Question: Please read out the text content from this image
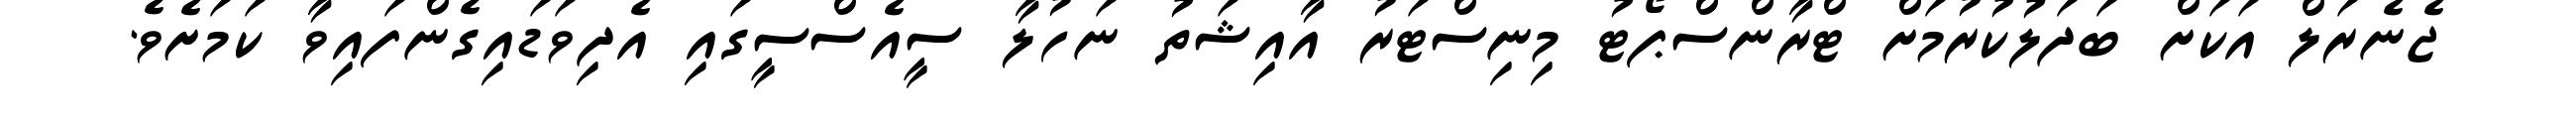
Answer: ޖެނެރަލް އަކަށް ބަދަލުކުރުމަށް ޓްރާންސްޕޯޓު މިނިސްޓަރު އާއިޝަތު ނަހުލާ ސީއެސްސީގައި އެދިވަޑައިގެންފައިވާ ކަމަށެވެ.